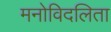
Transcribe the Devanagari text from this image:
मनोविदलिता